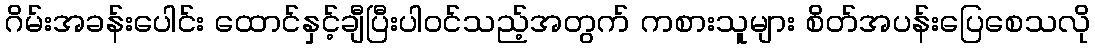
ဂိမ်းအခန်းပေါင်း ထောင်နှင့်ချီပြီးပါဝင်သည့်အတွက် ကစားသူများ စိတ်အပန်းပြေစေသလို